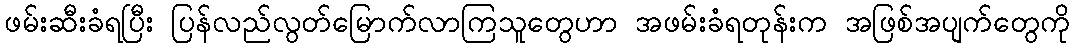
ဖမ်းဆီးခံရပြီး ပြန်လည်လွတ်မြောက်လာကြသူတွေဟာ အဖမ်းခံရတုန်းက အဖြစ်အပျက်တွေကို